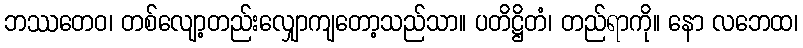
ဘဿတေဝ၊ တစ်လျော့တည်းလျှောကျတော့သည်သာ။ ပတိဋ္ဌိတံ၊ တည်ရာကို။ နော လဘေထ၊